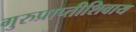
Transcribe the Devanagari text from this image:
गुरुप्राप्तीशिवाय